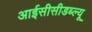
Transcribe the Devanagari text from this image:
आईसीसीडब्‍ल्‍यू